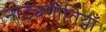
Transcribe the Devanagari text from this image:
नाट्यगीतियाँ